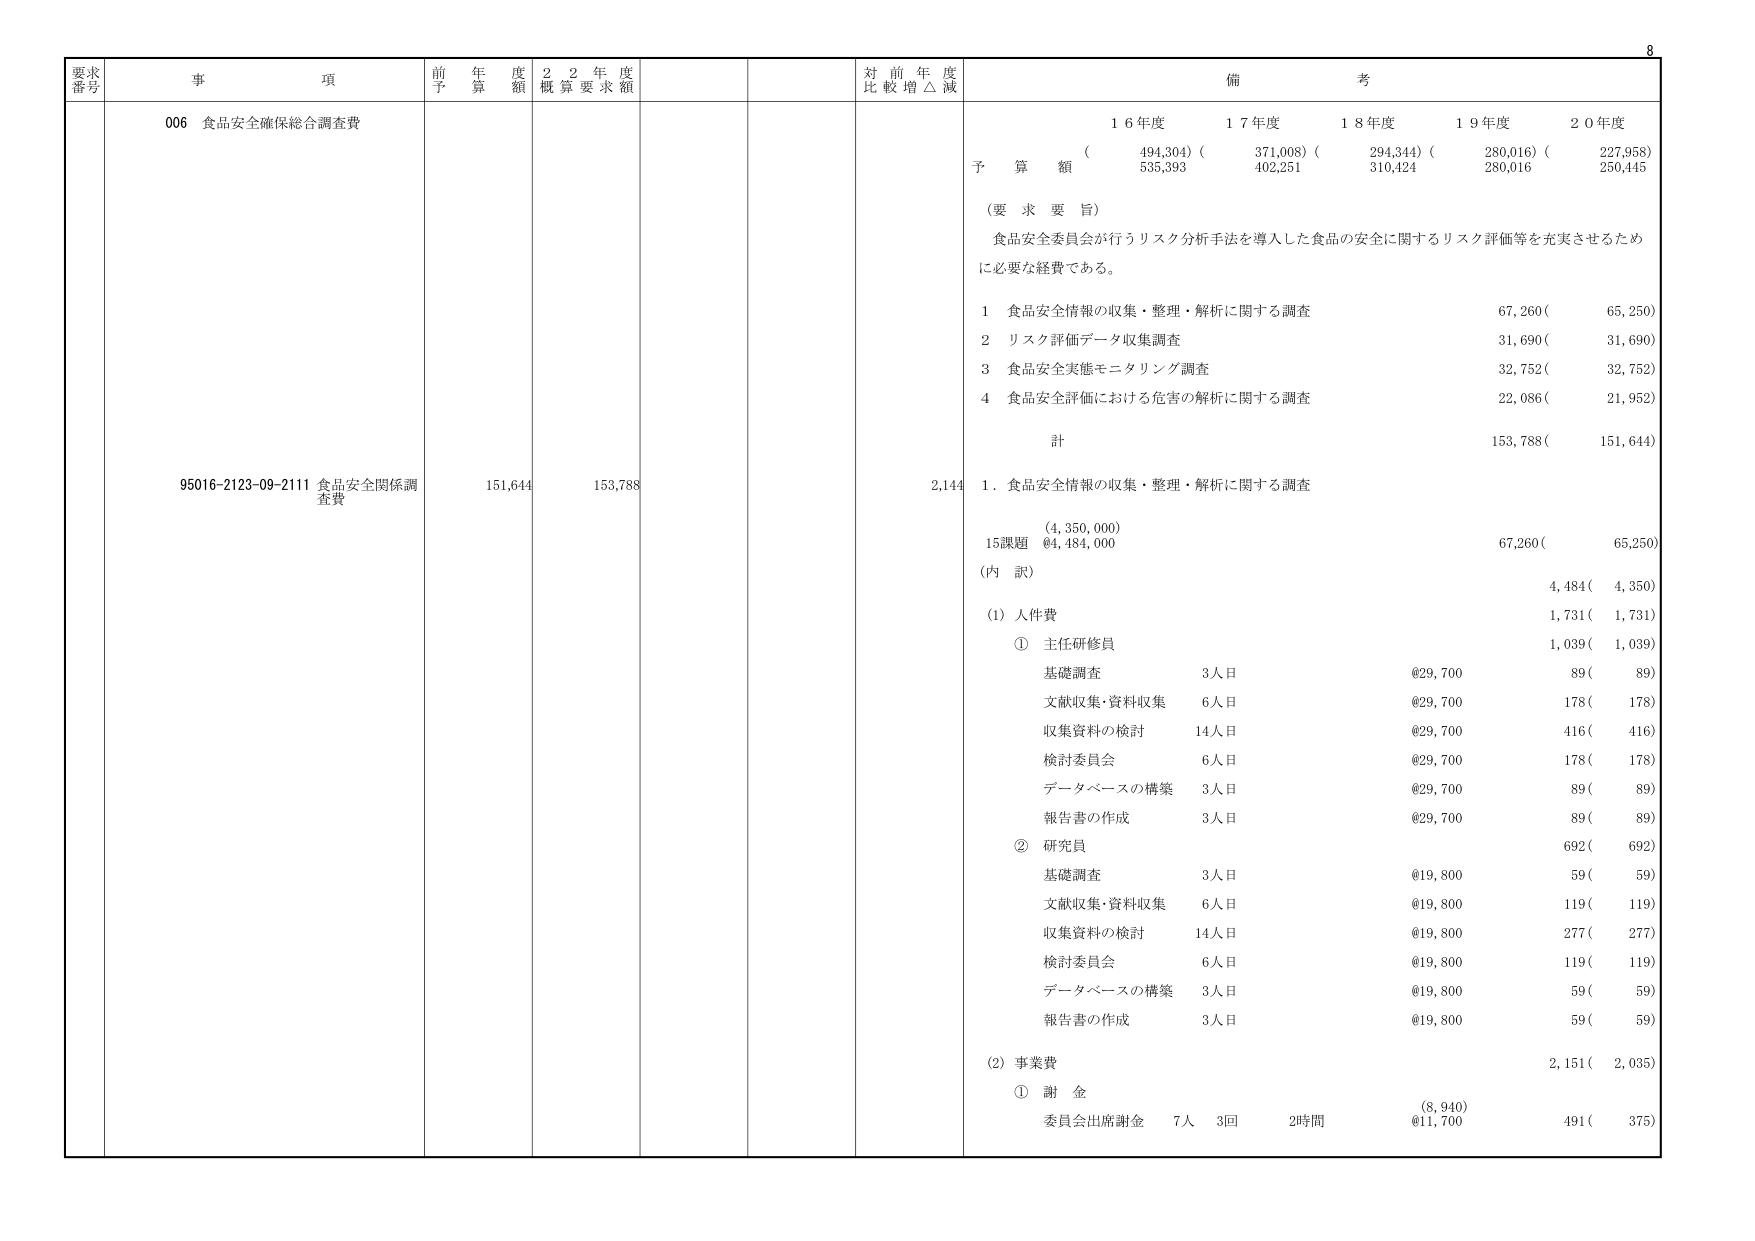
要求番号 事項 前年度予算額 22年度概算要求額 対前年度比較増△減 備考
006 食品安全確保総合調査費
95016-2123-09-2111 食品安全関係調査費 151,644 153,788 2,144
16年度 17年度 18年度 19年度 20年度
予算額 (494,304) (371,008) (294,344) (280,016) (227,958)
535,393 402,251 310,424 280,016 250,445
(要求要旨)
食品安全委員会が行うリスク分析手法を導入した食品の安全に関するリスク評価等を充実させるために必要な経費である。
1 食品安全情報の収集・整理・解析に関する調査 67,260( 65,250)
2 リスク評価データ収集調査 31,690( 31,690)
3 食品安全実態モニタリング調査 32,752( 32,752)
4 食品安全評価における危害の解析に関する調査 22,086( 21,952)
計 153,788( 151,644)
1. 食品安全情報の収集・整理・解析に関する調査
(4,350,000)
15課題 64,484,000 67,260( 65,250)
(内訳)
4,484( 4,350)
(1) 人件費 1,731( 1,731)
① 主任研修員 1,039( 1,039)
基礎調査 3人日 @29,700 89( 89)
文献収集・資料収集 6人日 @29,700 178( 178)
収集資料の検討 14人日 @29,700 416( 416)
検討委員会 6人日 @29,700 178( 178)
データベースの構築 3人日 @29,700 89( 89)
報告書の作成 3人日 @29,700 89( 89)
② 研究員 692( 692)
基礎調査 3人日 @19,800 59( 59)
文献収集・資料収集 6人日 @19,800 119( 119)
収集資料の検討 14人日 @19,800 277( 277)
検討委員会 6人日 @19,800 119( 119)
データベースの構築 3人日 @19,800 59( 59)
報告書の作成 3人日 @19,800 59( 59)
(2) 事業費 2,151( 2,035)
① 謝金
委員会出席謝金 7人 3回 2時間 (8,940) @11,700 491( 375)